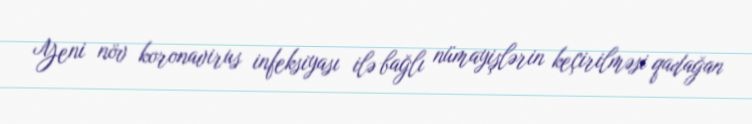
Yeni növ koronavirus infeksiyası ilə bağlı nümayişlərin keçirilməsi qadağan